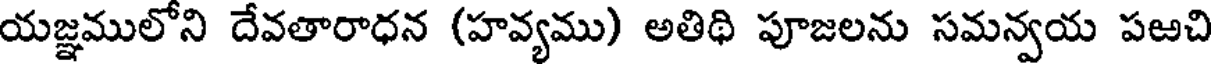
యజ్ఞములోని దేవతారాధన (హవ్యము) అతిథి పూజలను సమన్వయ పఱచి